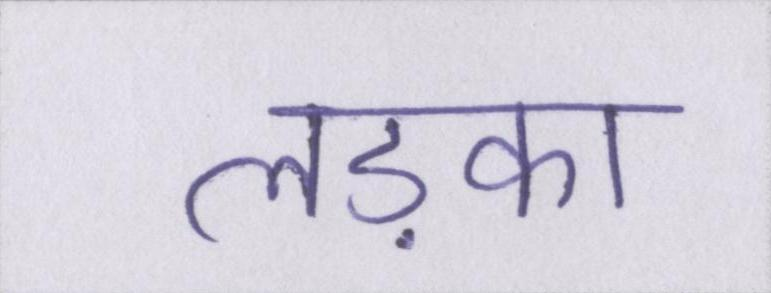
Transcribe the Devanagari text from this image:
लड़का